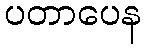
ပတာပေန